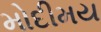
મોદીમય